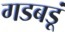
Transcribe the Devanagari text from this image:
गडबडूं